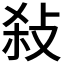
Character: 𢼢